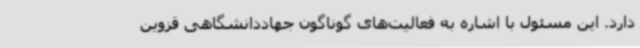
دارد. این مسئول با اشاره به فعالیت‌های گوناگون جهاددانشگاهی قزوین